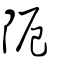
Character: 𨸷